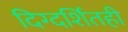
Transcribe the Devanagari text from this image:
दिग्दर्शितही